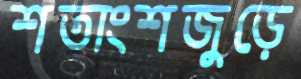
শতাংশজুড়ে